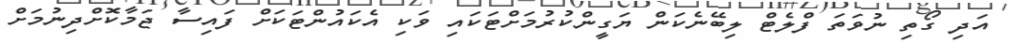
އަދި ގޯތި ނުވަތަ ފްލެޓް ލިބޭނެކަން ޔަގީންކުރުމަށްޓަކައި ވަކި އެކައުންޓަކަށް ފައިސާ ޖަމާކޮށްދިނުމަށް